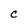
Character: C